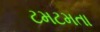
ટમટમતા